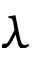
\lambda